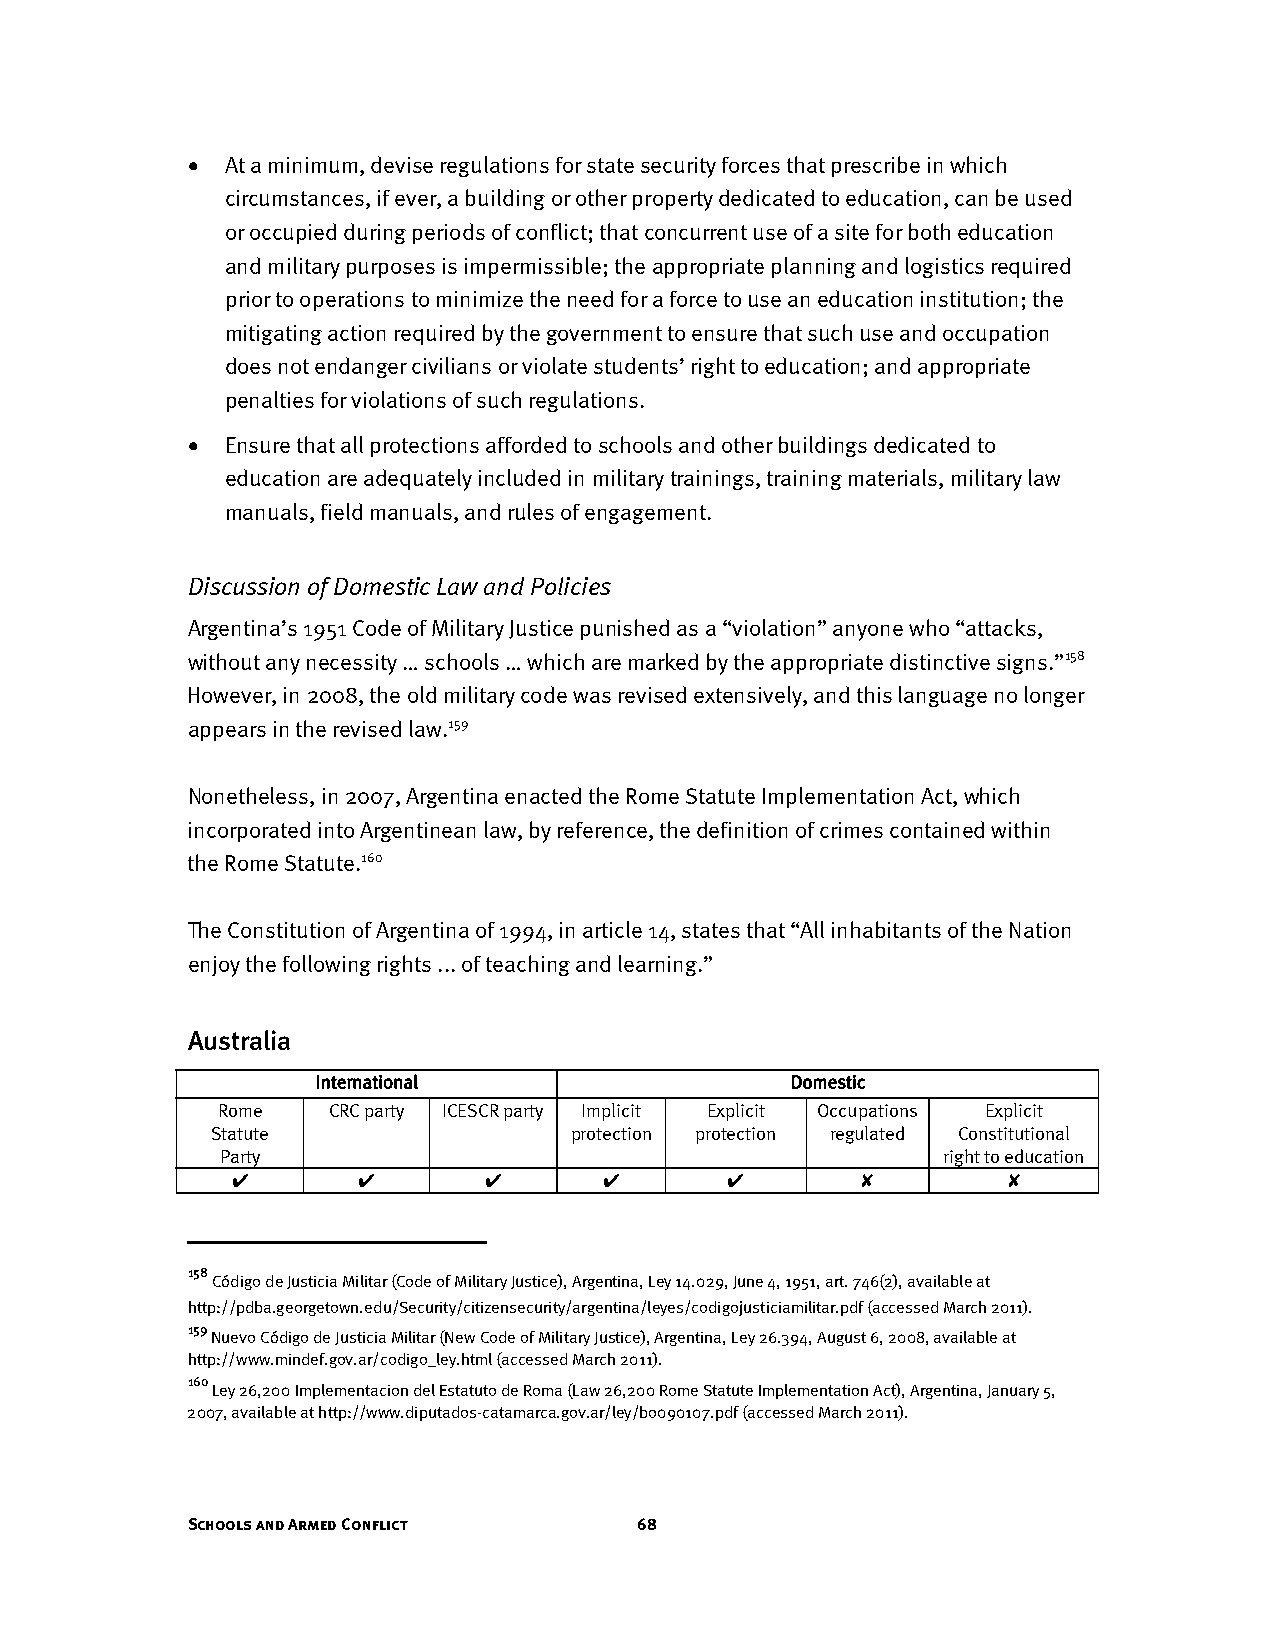
•  At a minimum, devise regulations for state security forces that prescribe in which
 circumstances, if ever, a building or other property dedicated to education, can be used
 or occupied during periods of conflict; that concurrent use of a site for both education
 and military purposes is impermissible; the appropriate planning and logistics required
 prior to operations to minimize the need for a force to use an education institution; the
 mitigating action required by the government to ensure that such use and occupation
 does not endanger civilians or violate students’ right to education; and appropriate
 penalties for violations of such regulations.
 •  Ensure that all protections afforded to schools and other buildings dedicated to
 education are adequately included in military trainings, training materials, military law
 manuals, field manuals, and rules of engagement.
 Discussion of Domestic Law and Policies
 Argentina’s 1951 Code of Military Justice punished as a “violation” anyone who “attacks,
 without any necessity … schools … which are marked by the appropriate distinctive signs.”158
 However, in 2008, the old military code was revised extensively, and this language no longer
 appears in the revised law.159
 Nonetheless, in 2007, Argentina enacted the Rome Statute Implementation Act, which
 incorporated into Argentinean law, by reference, the definition of crimes contained within
 the Rome Statute.160
 The Constitution of Argentina of 1994, in article 14, states that “All inhabitants of the Nation
 enjoy the following rights ... of teaching and learning.”
 Australia
 International                  Domestic
 Rome    CRC party ICESCR party Implicit Explicit Occupations Explicit
 Statute                 protection protection regulated Constitutional
 Party                                          right to education
 ✔        ✔       ✔       ✔       ✔        ✘         ✘
 158
 Código de Justicia Militar (Code of Military Justice), Argentina, Ley 14.029, June 4, 1951, art. 746(2), available at
 http://pdba.georgetown.edu/Security/citizensecurity/argentina/leyes/codigojusticiamilitar.pdf (accessed March 2011).
 159
 Nuevo Código de Justicia Militar (New Code of Military Justice), Argentina, Ley 26.394, August 6, 2008, available at
 http://www.mindef.gov.ar/codigo_ley.html (accessed March 2011).
 160
 Ley 26,200 Implementacion del Estatuto de Roma (Law 26,200 Rome Statute Implementation Act), Argentina, January 5,
 2007, available at http://www.diputados-catamarca.gov.ar/ley/bo090107.pdf (accessed March 2011).
 Schools and Armed Conflict    68